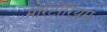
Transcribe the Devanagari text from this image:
मोरॅटोरियम